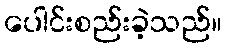
ပေါင်းစည်းခဲ့သည်။